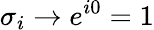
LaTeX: \sigma_{i}\rightarrow e^{i0}=1